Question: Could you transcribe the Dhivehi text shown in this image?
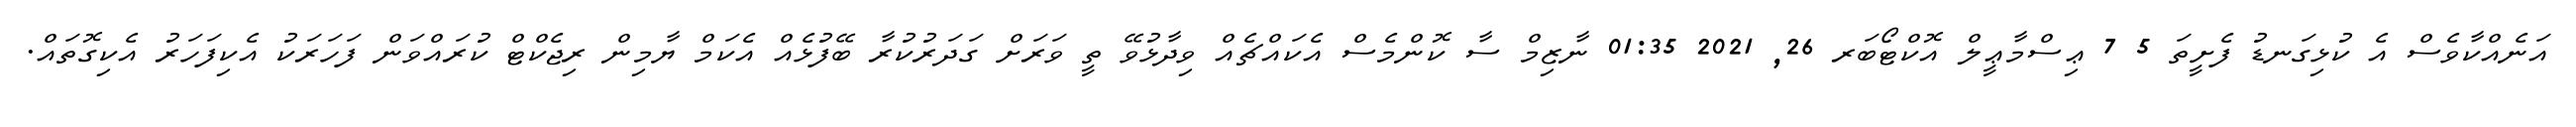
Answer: އަނެއްކާވެސް އެ ކުޅިގަނޑު ފެށީތަ 5 7 ޢިސްމާޢީލް އޮކްޓޯބަރ 26, 2021 01:35 ނާޒިމް ސާ ކޮންމެސް އެކައްޗެއް ވިދާޅުވޭ ތީ ވަރަށް ގަދަރުކުރާ ބޭފުޅެއް އެކަމް ޔާމިން ރިޖެކްޓް ކުރައްވަން ފަހަރަކު އެކިފަހަރު އެކިގޮތައް.